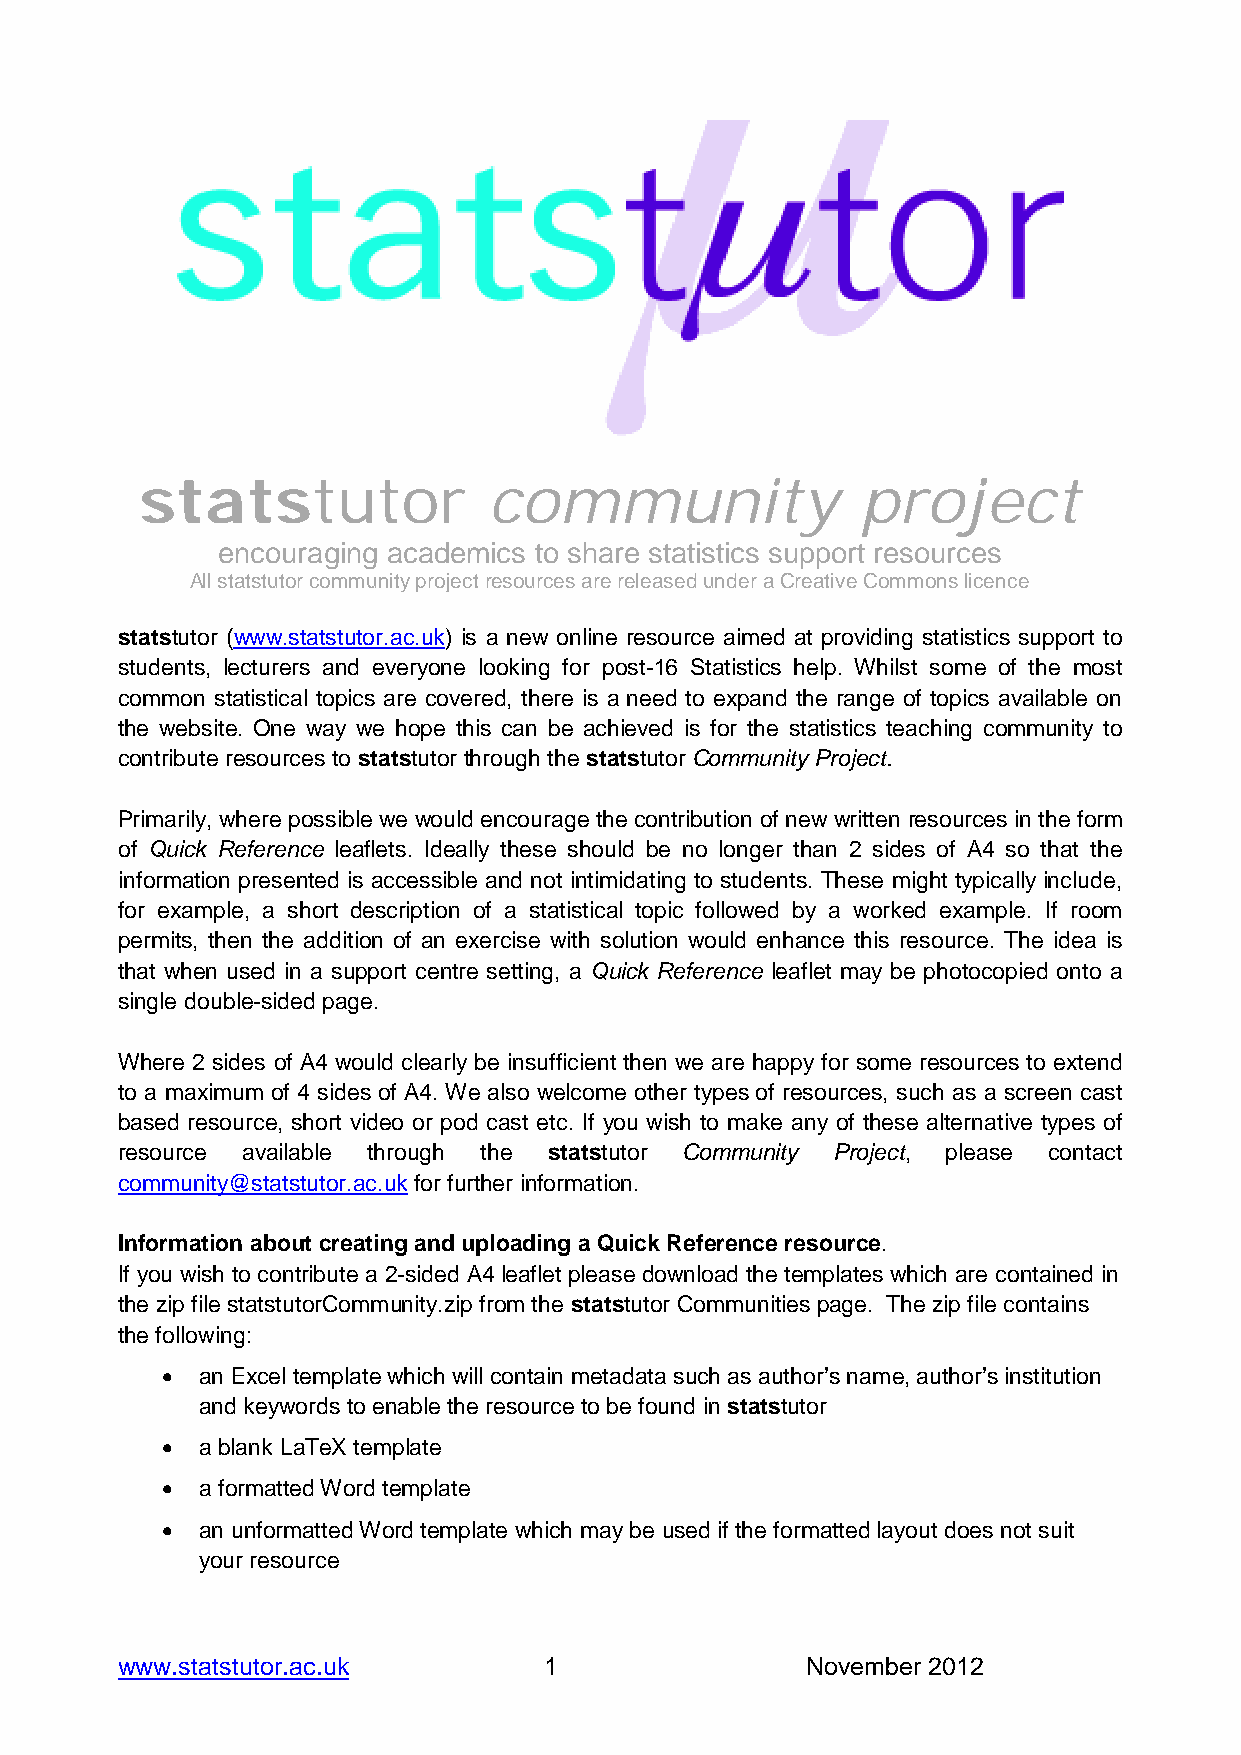
statstutor             community                project
 encouraging academics to share statistics support resources
 All statstutor community project resources are released under a Creative Commons licence
 statstutor (www.statstutor.ac.uk) is a new online resource aimed at providing statistics support to
 students, lecturers and everyone looking for post-16 Statistics help. Whilst some of the most
 common statistical topics are covered, there is a need to expand the range of topics available on
 the website. One way we hope this can be achieved is for the statistics teaching community to
 contribute resources to statstutor through the statstutor Community Project.
 Primarily, where possible we would encourage the contribution of new written resources in the form
 of Quick Reference leaflets. Ideally these should be no longer than 2 sides of A4 so that the
 information presented is accessible and not intimidating to students. These might typically include,
 for example, a short description of a statistical topic followed by a worked example. If room
 permits, then the addition of an exercise with solution would enhance this resource. The idea is
 that when used in a support centre setting, a Quick Reference leaflet may be photocopied onto a
 single double-sided page.
 Where 2 sides of A4 would clearly be insufficient then we are happy for some resources to extend
 to a maximum of 4 sides of A4. We also welcome other types of resources, such as a screen cast
 based resource, short video or pod cast etc. If you wish to make any of these alternative types of
 resource available through the statstutor Community Project, please contact
 community@statstutor.ac.uk for further information.
 Information about creating and uploading a Quick Reference resource.
 If you wish to contribute a 2-sided A4 leaflet please download the templates which are contained in
 the zip file statstutorCommunity.zip from the statstutor Communities page. The zip file contains
 the following:
 • an Excel template which will contain metadata such as author’s name, author’s institution
 and keywords to enable the resource to be found in statstutor
 • a blank LaTeX template
 • a formatted Word template
 • an unformatted Word template which may be used if the formatted layout does not suit
 your resource
 www.statstutor.ac.uk        1                November 2012